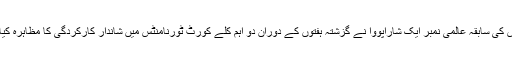
روس کی سابقہ عالمی نمبر ایک شاراپووا نے گزشتہ ہفتوں کے دوران دو اہم کلے کورٹ ٹورنامنٹس میں شاندار کارکردگی کا مظاہرہ کیا تھا۔